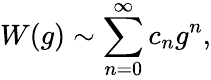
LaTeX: W(g)\sim\sum_{n=0}^{\infty}c_{n}g^{n},